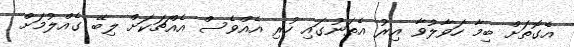
އެގޮތަށް ބިމާ ހަވާލުވާ އިރު އެތަނުގައި ހުރި އެއްވެސް އެއްޗަކަށް ލިބޭ ގެއްލުމަށް